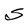
Character: S